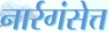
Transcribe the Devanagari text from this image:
नार्रगंसेत्त